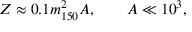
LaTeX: Z \approx 0 . 1 m _ { 1 5 0 } ^ { 2 } A , ~ ~ ~ ~ ~ ~ A \ll 1 0 ^ { 3 } ,